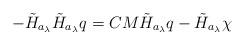
LaTeX: \begin{align*}- \tilde H_{a_\lambda} \tilde H_{a_\lambda} q = CM \tilde H_ {a_\lambda} q - \tilde H_{a_\lambda} \chi \end{align*}